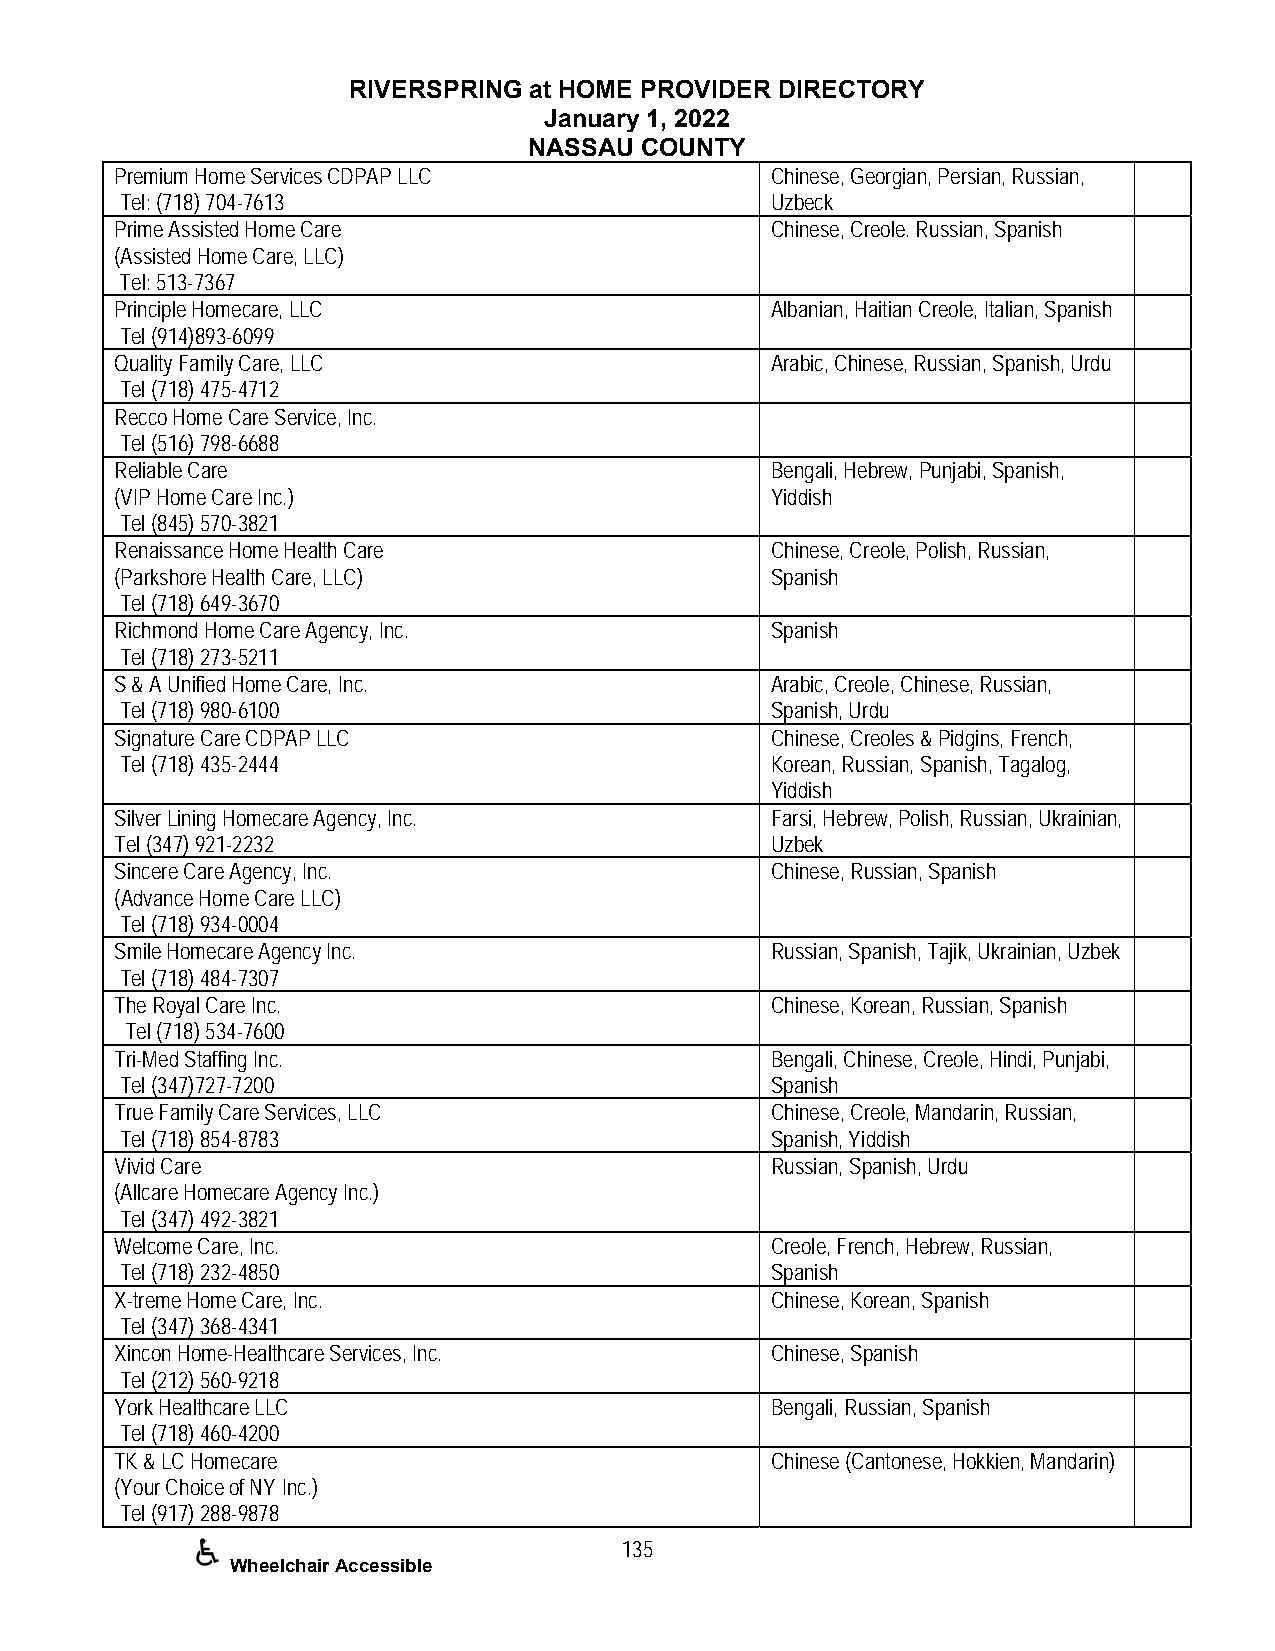
RIVERSPRING at HOME PROVIDER DIRECTORY
 January 1, 2022
 NASSAU COUNTY
 Premium Home Services CDPAP LLC            Chinese, Georgian, Persian, Russian,
 Tel: (718) 704-7613                        Uzbeck
 Prime Assisted Home Care                   Chinese, Creole. Russian, Spanish
 (Assisted Home Care, LLC)
 Tel: 513-7367
 Principle Homecare, LLC                    Albanian, Haitian Creole, Italian, Spanish
 Tel (914)893-6099
 Quality Family Care, LLC                   Arabic, Chinese, Russian, Spanish, Urdu
 Tel (718) 475-4712
 Recco Home Care Service, Inc.
 Tel (516) 798-6688
 Reliable Care                              Bengali, Hebrew, Punjabi, Spanish,
 (VIP Home Care Inc.)                       Yiddish
 Tel (845) 570-3821
 Renaissance Home Health Care               Chinese, Creole, Polish, Russian,
 (Parkshore Health Care, LLC)               Spanish
 Tel (718) 649-3670
 Richmond Home Care Agency, Inc.            Spanish
 Tel (718) 273-5211
 S & A Unified Home Care, Inc.              Arabic, Creole, Chinese, Russian,
 Tel (718) 980-6100                         Spanish, Urdu
 Signature Care CDPAP LLC                   Chinese, Creoles & Pidgins, French,
 Tel (718) 435-2444                         Korean, Russian, Spanish, Tagalog,
 Yiddish
 Silver Lining Homecare Agency, Inc.        Farsi, Hebrew, Polish, Russian, Ukrainian,
 Tel (347) 921-2232                         Uzbek
 Sincere Care Agency, Inc.                  Chinese, Russian, Spanish
 (Advance Home Care LLC)
 Tel (718) 934-0004
 Smile Homecare Agency Inc.                 Russian, Spanish, Tajik, Ukrainian, Uzbek
 Tel (718) 484-7307
 The Royal Care Inc.                        Chinese, Korean, Russian, Spanish
 Tel (718) 534-7600
 Tri-Med Staffing Inc.                      Bengali, Chinese, Creole, Hindi, Punjabi,
 Tel (347)727-7200                          Spanish
 True Family Care Services, LLC             Chinese, Creole, Mandarin, Russian,
 Tel (718) 854-8783                         Spanish, Yiddish
 Vivid Care                                 Russian, Spanish, Urdu
 (Allcare Homecare Agency Inc.)
 Tel (347) 492-3821
 Welcome Care, Inc.                         Creole, French, Hebrew, Russian,
 Tel (718) 232-4850                         Spanish
 X-treme Home Care, Inc.                    Chinese, Korean, Spanish
 Tel (347) 368-4341
 Xincon Home-Healthcare Services, Inc.      Chinese, Spanish
 Tel (212) 560-9218
 York Healthcare LLC                        Bengali, Russian, Spanish
 Tel (718) 460-4200
 TK & LC Homecare                           Chinese (Cantonese, Hokkien, Mandarin)
 (Your Choice of NY Inc.)
 Tel (917) 288-9878
 135
 Wheelchair Accessible